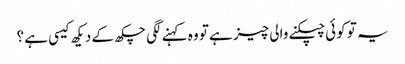
یہ تو کوئی چپکنے والی چیز ہے تو وہ کہنے لگی چکھ کے دیکھ کیسی ہے ؟